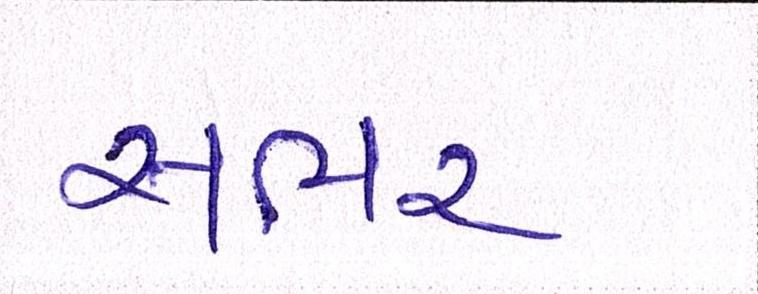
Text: સભર